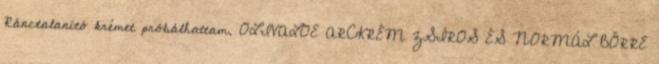
Ránctalanító krémet próbálhattam. OLIVALOE ARCKRÉM ZSÍROS ÉS NORMÁL BŐRRE